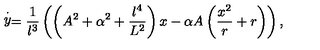
\stackrel { \cdot } { y } = \frac { 1 } { l ^ { 3 } } \left( \left( A ^ { 2 } + \alpha ^ { 2 } + \frac { l ^ { 4 } } { L ^ { 2 } } \right) x - \alpha A \left( \frac { x ^ { 2 } } { r } + r \right) \right) ,